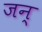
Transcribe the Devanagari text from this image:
जन्‌